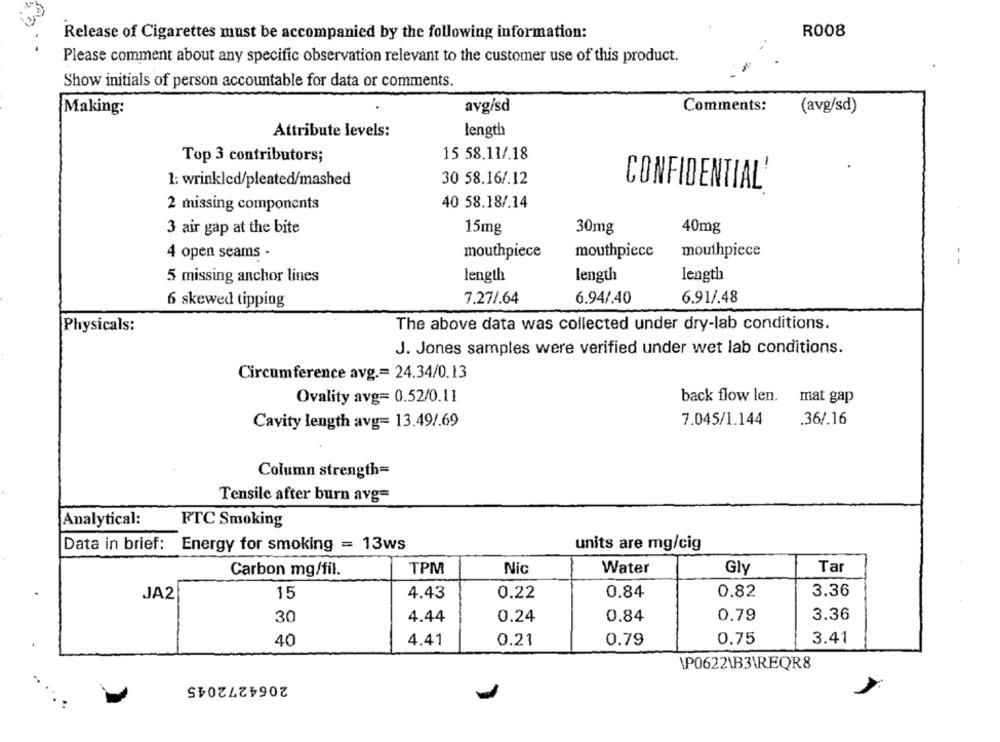
Release of Cigarettes must be accompanied by the following information:
R008
Please comment about any specific observation relevant to the customer use of this product.
Show initials of person accountable for data or comments.
Making:
avg/sd
Comments:
(avg/sd)
Attribute levels:
length
15 58.11/.18
Top 3 contributors;
1: wrinkled/pleated/mashed
30 58.16/.12
CONFIDENTIAL'
2 missing components
40 58.18/.14
3 air gap at the bite
15mg
30mg
40mg
mouthpiece
mouthpiece
mouthpiece
4 open seams -
5 missing anchor lines
length
length
length
6 skewed tipping
7.27/.64
6.94/.40
6.91/.48
The above data was collected under dry-lab conditions.
Physicals:
J. Jones samples were verified under wet lab conditions.
Circumference avg .= 24.34/0.13
Ovality avg= 0.52/0.11
back flow len. mat gap
7.045/1.144
.36/.16
Cavity length avg= 13.49/.69
Column strength=
Tensile after burn avg=
Analytical:
FTC Smoking
Data in brief:
Energy for smoking = 13ws
units are mg/cig
Carbon mg/fil.
TPM
Nic
Water
Gly
Tar
15
0.84
0.82
3.36
JA2
4.43
0.22
0.79
3.36
30
4.44
0.24
0.84
40
4.41
0.21
0.79
0.75
3.41
\P0622\B3\REQR8
2064272045